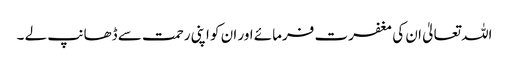
اللہ تعالیٰ ان کی مغفرت فرمائے اور ان کو اپنی رحمت سے ڈھانپ لے ۔